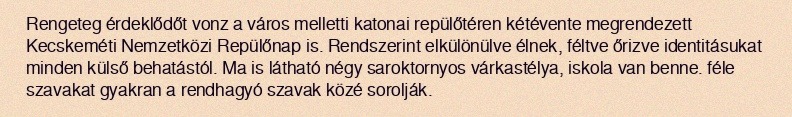
Rengeteg érdeklődőt vonz a város melletti katonai repülőtéren kétévente megrendezett Kecskeméti Nemzetközi Repülőnap is. Rendszerint elkülönülve élnek, féltve őrizve identitásukat minden külső behatástól. Ma is látható négy saroktornyos várkastélya, iskola van benne. féle szavakat gyakran a rendhagyó szavak közé sorolják.